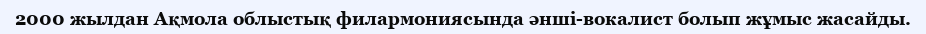
2000 жылдан Ақмола облыстық филармониясында әнші-вокалист болып жұмыс жасайды.